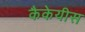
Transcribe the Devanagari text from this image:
कैकेयीस